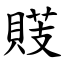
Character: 䝸